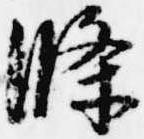
条